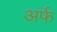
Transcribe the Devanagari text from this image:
अर्फ